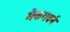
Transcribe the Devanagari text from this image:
मैकगवर्न